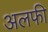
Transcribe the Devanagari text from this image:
अलफी